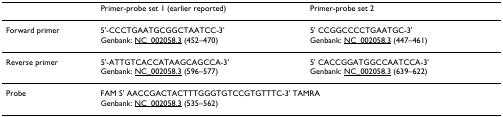
|  | Primer-probe set 1 (earlier reported) | Primer-probe set 2 |
 | --- | --- | --- |
 | Forward primer | 5'-CCCTGAATGCGGCTAATCC-3'Genbank: NC_002058.3 (452–470) | 5' CCGGCCCCTGAATGC-3'Genbank: NC_002058.3 (447–461) |
 | Reverse primer | 5'-ATTGTCACCATAAGCAGCCA-3'Genbank: NC_002058.3 (596–577) | 5' CACCGGATGGCCAATCCA-3'Genbank: NC_002058.3 (639–622) |
 | Probe | <COLSPAN=2> FAM 5' AACCGACTACTTTGGGTGTCCGTGTTTC-3' TAMRAGenbank: NC_002058.3 (535–562) |